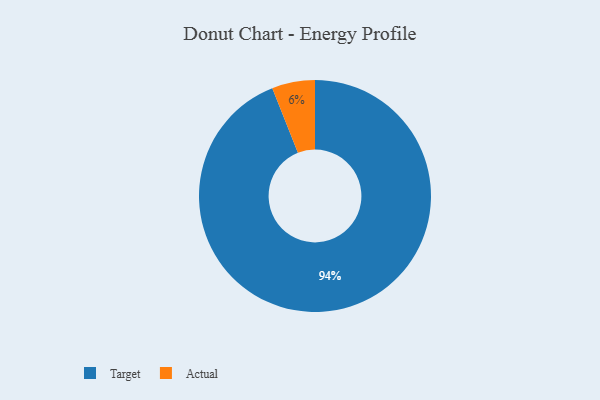
{"axis": {"x": "Category", "y": "Percentage"}, "legend": ["Actual", "Target"], "data": [{"x": "Actual", "y": 6, "type": "Actual"}, {"x": "Target", "y": 94, "type": "Target"}]}